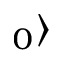
_ 0 \rangle